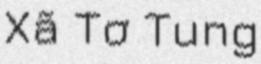
Xã Tơ Tung